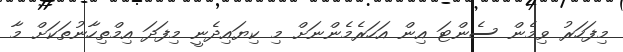
މިފަހަރު ވިމެން ސެންޓަ އިން އަހަރެމެންނަށް މި ކިޔައިދެނީ މިފަދަ އިމްތިހާނުތަކަށް މާ